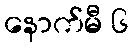
နောက်မီ ၆